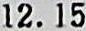
12.15